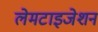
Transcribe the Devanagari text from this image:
लेमटाइजेशन